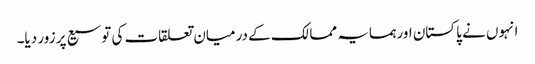
انہوں نے پاکستان اور ہمسایہ ممالک کے درمیان تعلقات کی توسیع پر زور دیا۔